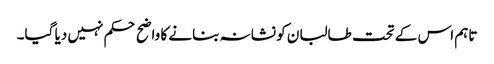
تاہم اس کے تحت طالبان کو نشانہ بنانے کا واضح حکم نہیں دیا گیا۔